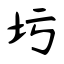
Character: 圬